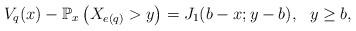
LaTeX: \begin{align*}V_q(x)-\mathbb P_x\left(X_{e(q)}> y\right)=J_1(b-x;y-b), \ \ y\geq b,\end{align*}